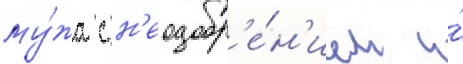
му́жа с н'еодобр'е́н'ием и́